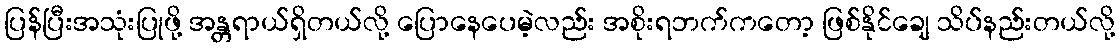
ပြန်ပြီးအသုံးပြုဖို့ အန္တရာယ်ရှိတယ်လို့ ပြောနေပေမဲ့လည်း အစိုးရဘက်ကတော့ ဖြစ်နိုင်ချေ သိပ်နည်းတယ်လို့